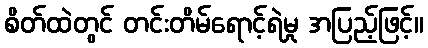
စိတ်ထဲတွင် တင်းတိမ်ရောင့်ရဲမှု အပြည့်ဖြင့်။